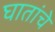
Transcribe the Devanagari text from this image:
घातांचे